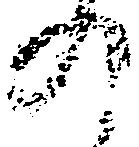
の